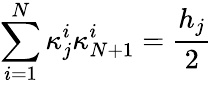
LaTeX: \sum_{i=1}^{N}\kappa_{j}^{i}\kappa_{N+1}^{i}=\frac{h_{j}}{2}